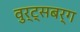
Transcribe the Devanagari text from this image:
वुर्ट्‌सबर्ग